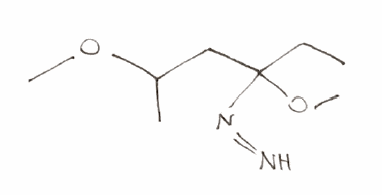
Simplified molecular-input line-entry system (SMILES) notation of the given molecule:
CCC(CC(C)OC)(N=N)OC